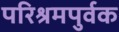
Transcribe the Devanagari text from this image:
परिश्रमपुर्वक